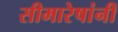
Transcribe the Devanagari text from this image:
सीमारेषांनी